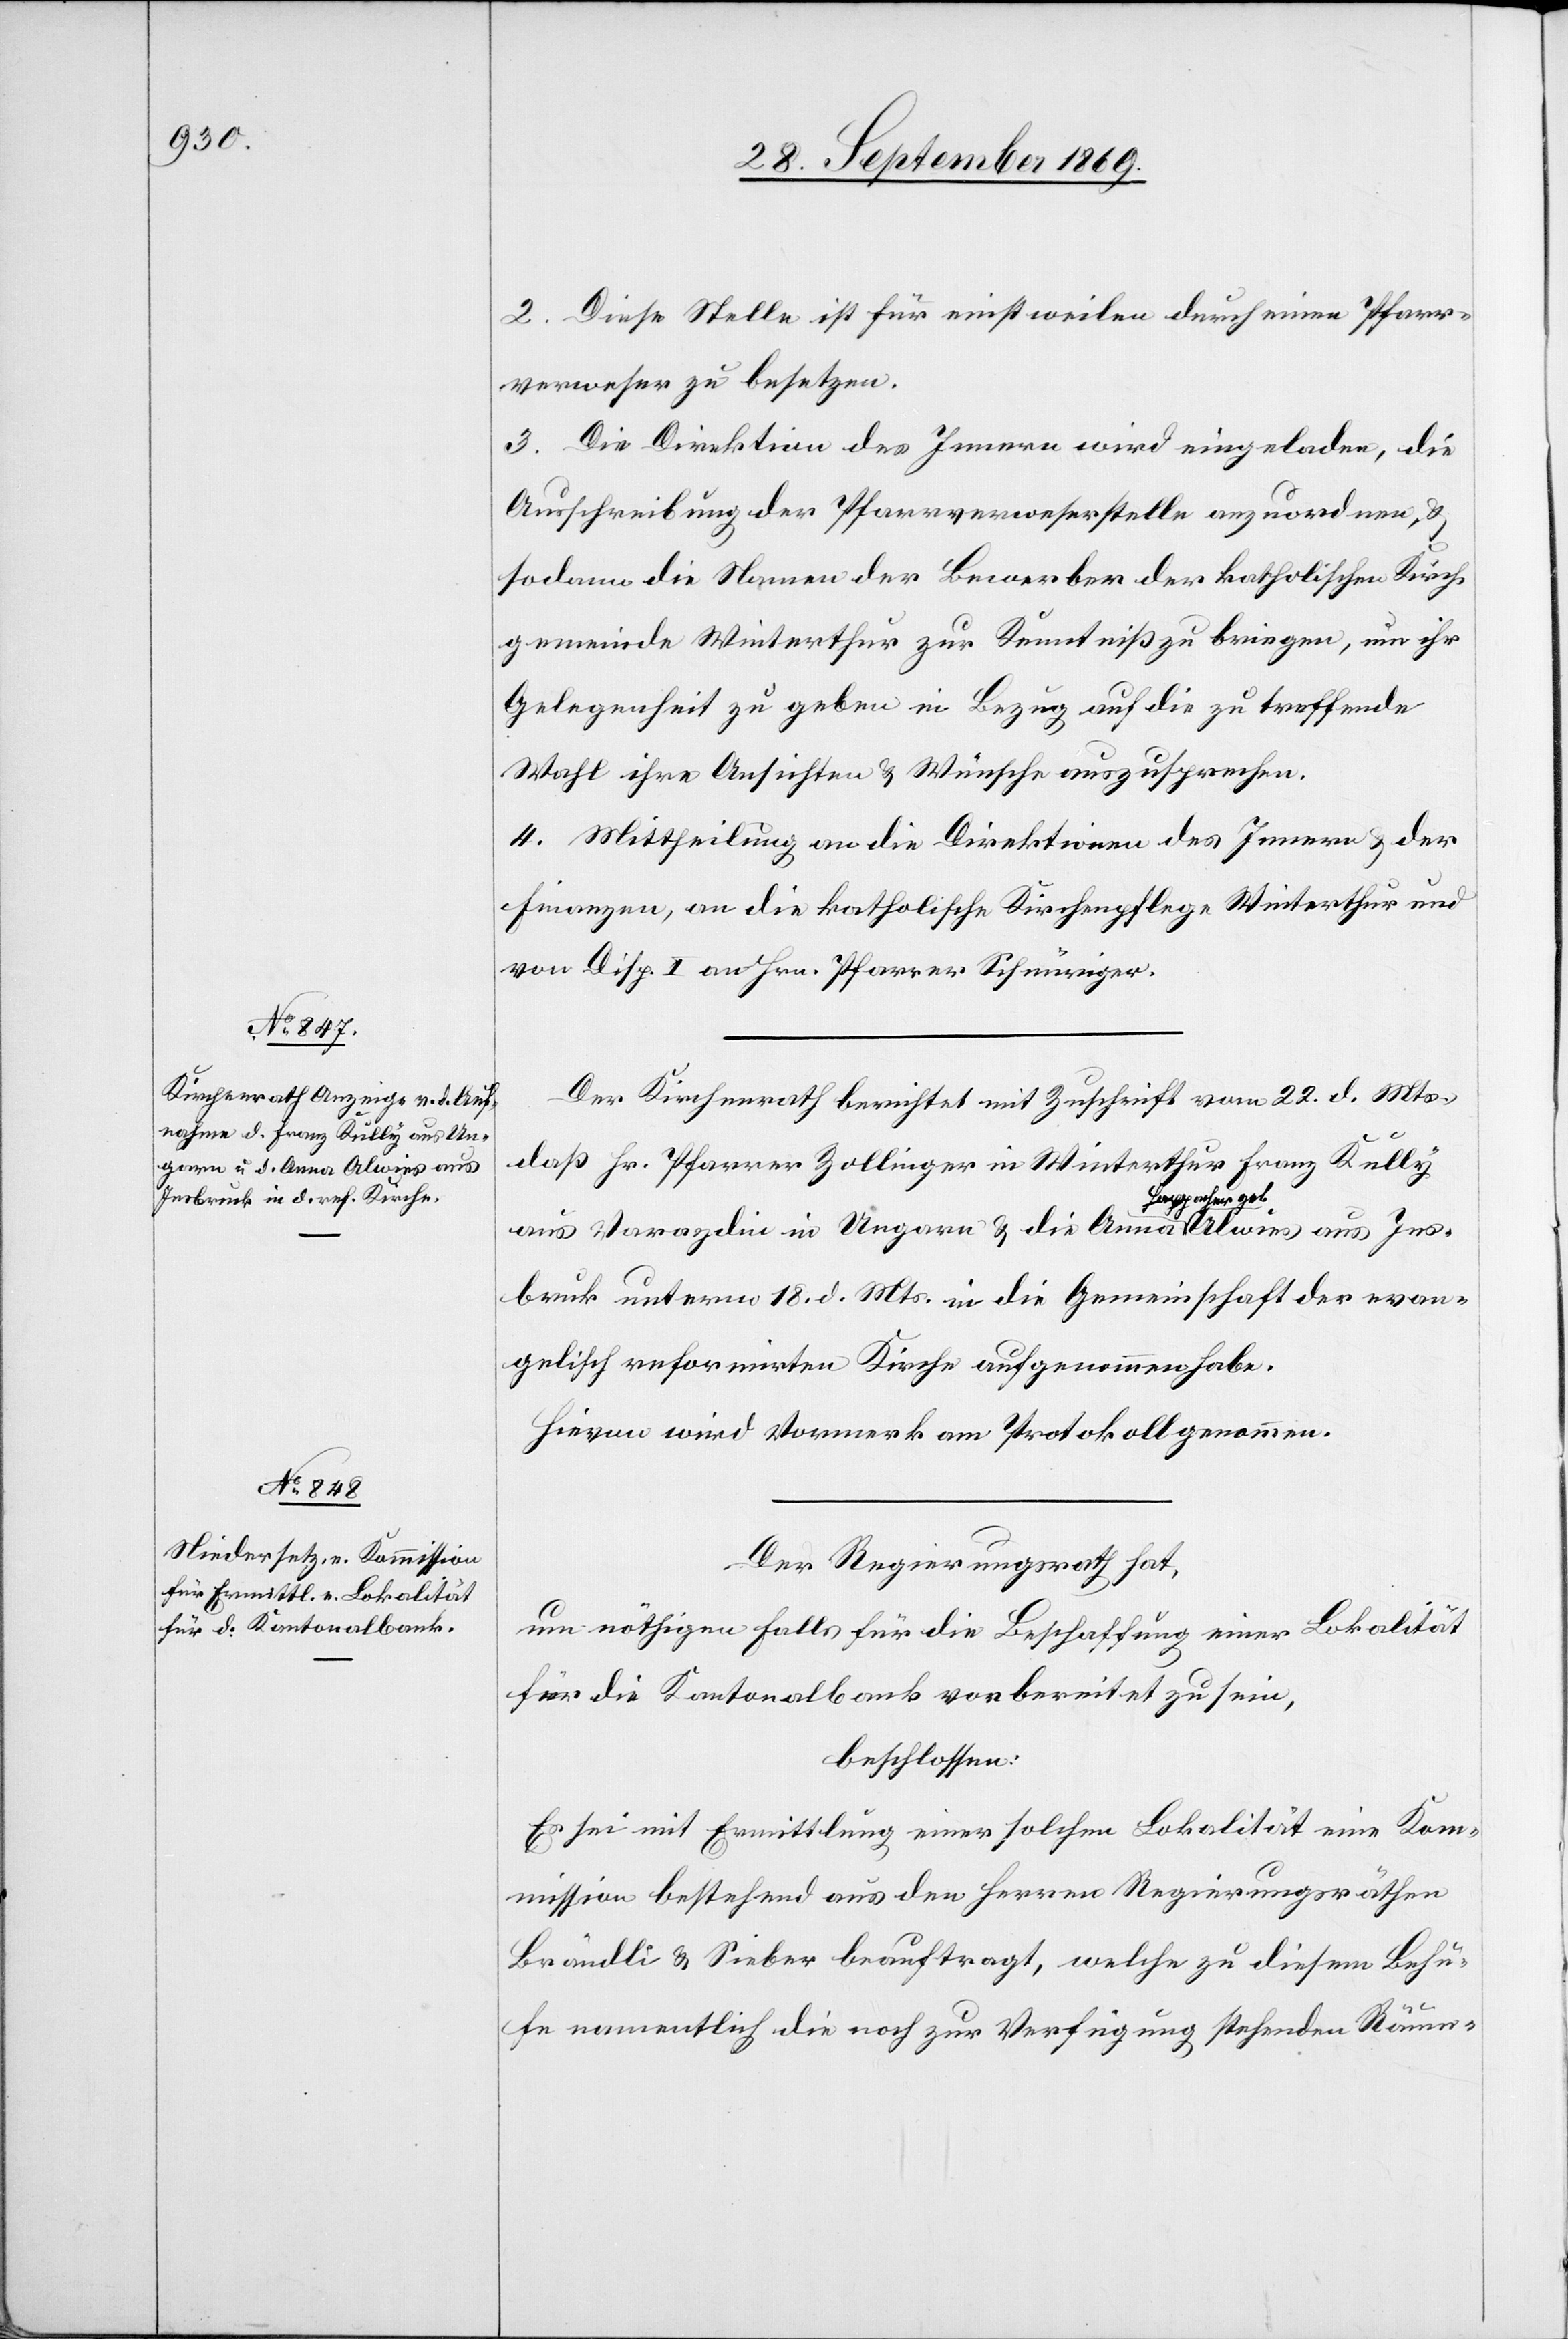
2. Diese Stelle ist für einstweilen durch einen Pfarr¬
verweser zu besetzen.
3. Die Direktion des Innern wird eingeladen, die
Ausschreibung der Pfarrverweserstelle anzuordnen, &
sodann die Namen der Bewerber der katholischen Kirch¬
gemeinde Winterthur zur Kenntniß zu bringen, um ihr
Gelegenheit zu geben in Bezug auf die zu treffende
Wahl ihre Ansichten & Wünsche auszusprechen.
4. Mittheilung an die Direktionen des Innern & der
Finanzen, an die katholische Kirchenpflege Winterthur und
von Disp. I an Hrn. Pfarrer Schnüriger.
Der Kirchenrath berichtet mit Zuschrift vom 22. d. Mts.,
daß Hr. Pfarrer Zollinger in Winterthur Franz Kully
aus Varazdin in Ungarn & die Anna Happacher geb. Alwies aus Ins¬
bruck unterm 18. d. Mts. in die Gemeinschaft der evan¬
gelisch reformirten Kirche aufgenommen habe.
Hievon wird Vormerk am Protokoll genommen.
Der Regierungsrath hat,
um nöthigen Falls für die Beschaffung einer Lokalität
für die Kantonalbank vorbereitet zu sein,
beschlossen:
Es sei mit Ermittlung einer solchen Lokalität eine Kom¬
mission bestehend aus den Herren Regierungsräthen
Brändli & Sieber beauftragt, welche zu diesem Behu¬
fe namentlich die noch zur Verfügung stehenden Räum-